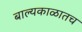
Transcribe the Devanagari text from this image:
बाल्यकाळातच